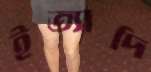
ইত্যাদি